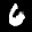
Label: 6